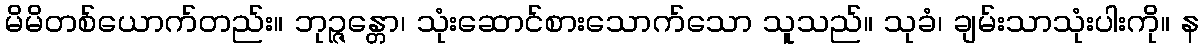
မိမိတစ်ယောက်တည်း။ ဘုဉ္ဇန္တော၊ သုံးဆောင်စားသောက်သော သူသည်။ သုခံ၊ ချမ်းသာသုံးပါးကို။ န